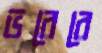
ভরেরে